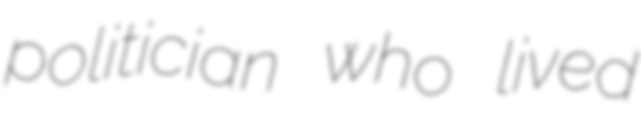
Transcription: politician who lived